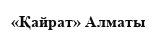
«Қайрат» Алматы